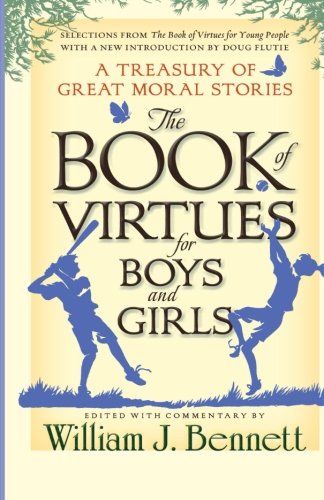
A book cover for The Book of Virtues for Boys and Girls: A Treasury of Great Moral Stories; Children's Books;